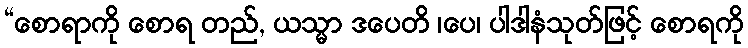
“စောရာကို စောရ တည်, ယသ္မာ ဒပေတိ ၊ပေ၊ ပါဒါနံသုတ်ဖြင့် စောရကို